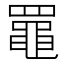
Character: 𦌡